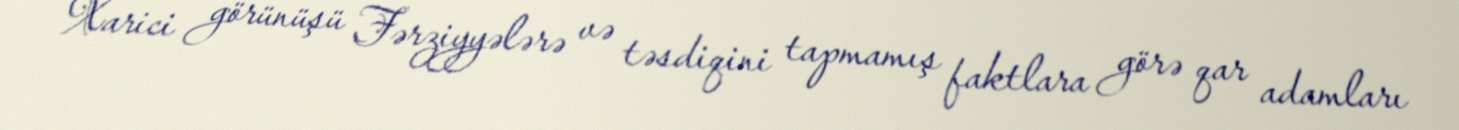
Xarici görünüşü Fərziyyələrə və təsdiqini tapmamış faktlara görə qar adamları